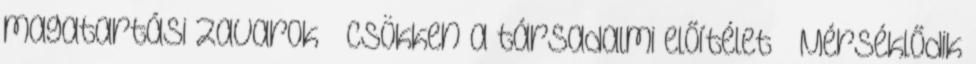
magatartási zavarok  Csökken a társadalmi előítélet  Mérséklődik